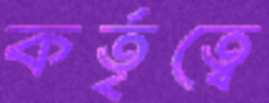
কর্তৃত্বে